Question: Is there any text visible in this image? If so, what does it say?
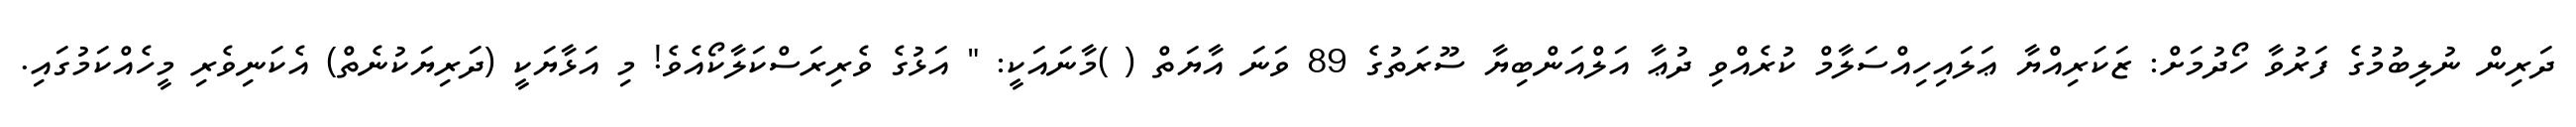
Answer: ދަރިން ނުލިބުމުގެ ފަރުވާ ހޯދުމަށް: ޒަކަރިއްޔާ ޢަލައިހިއްސަލާމް ކުރެއްވި ދުޢާ އަލްއަންބިޔާ ސޫރަތުގެ 89 ވަނަ އާޔަތް ( )މާނައަކީ: " އަޅުގެ ވެރިރަސްކަލާކޯއެވެ! މި އަޅާޔަކީ (ދަރިޔަކުނެތް) އެކަނިވެރި މީހެއްކަމުގައި.